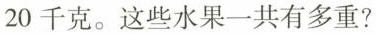
20千克。这些水果一共有多重?